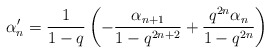
\begin{align*} \alpha'_n = \frac{1}{1-q}\left(-\frac{\alpha_{n+1}}{1-q^{2n+2}} + \frac{q^{2n}\alpha_n}{1-q^{2n}}\right)\end{align*}